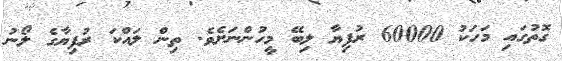
ގޮތުގައި މަހަކު 60000 ރުފިޔާ ލިބޭ މީހުންނަށެވެ. ތިން ލައްކަ ރުފިޔާގެ ލޯނު